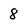
Character: 8